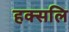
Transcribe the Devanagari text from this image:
हक्सलि